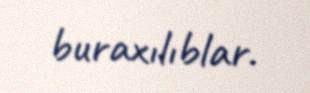
buraxılıblar.